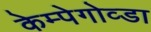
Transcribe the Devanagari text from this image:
केम्पेगोव्डा